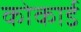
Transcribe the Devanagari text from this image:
कोकाई